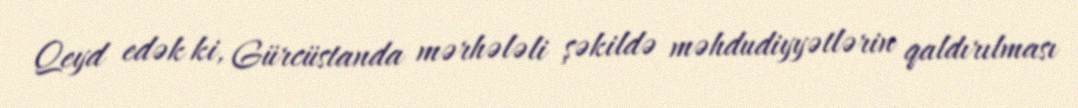
Qeyd edək ki, Gürcüstanda mərhələli şəkildə məhdudiyyətlərin qaldırılması